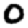
Digit: 0